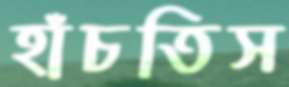
হাঁচতিস